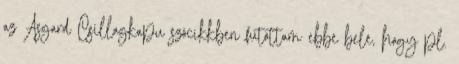
az Asgard Csillagkapu szócikkben futottam ebbe bele, hogy pl.